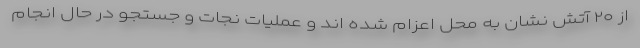
از ۲۰ آتش نشان به محل اعزام شده اند و عملیات نجات و جستجو در حال انجام